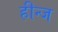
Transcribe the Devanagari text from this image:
हीन्ज